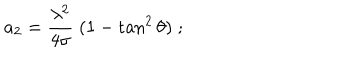
a _ { 2 } = { \frac { \lambda ^ { 2 } } { 4 \sigma } } \; ( 1 - \tan ^ { 2 } \theta ) \; ;